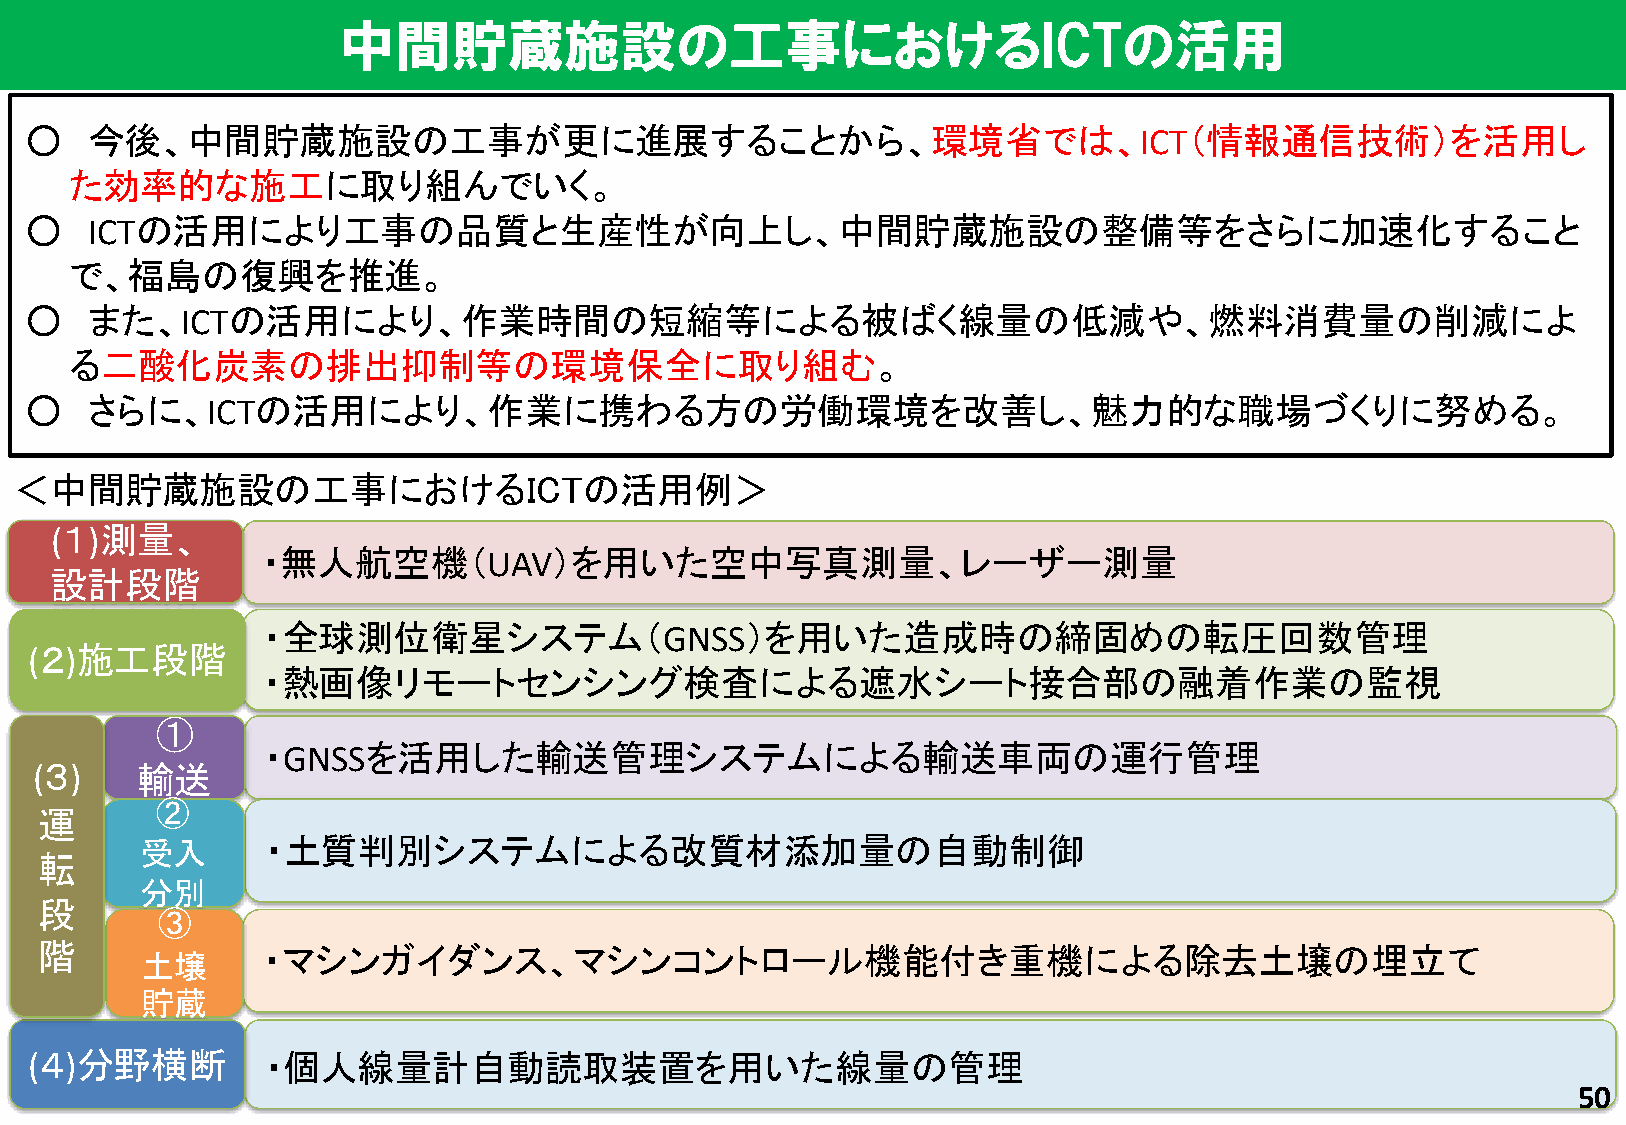
中間貯蔵施設の工事におけるICTの活用
 ○   今後、中間貯蔵施設の工事が更に進展することから、環境省では、ICT（情報通信技術）を活用し
 た効率的な施工に取り組んでいく。
 ○   ICTの活用により工事の品質と生産性が向上し、中間貯蔵施設の整備等をさらに加速化すること
 で、福島の復興を推進。
 ○   また、ICTの活用により、作業時間の短縮等による被ばく線量の低減や、燃料消費量の削減によ
 る二酸化炭素の排出抑制等の環境保全に取り組む。
 ○   さらに、ICTの活用により、作業に携わる方の労働環境を改善し、魅力的な職場づくりに努める。
 ＜中間貯蔵施設の工事におけるICTの活用例＞
 (１)測量、
 ・無人航空機（UAV）を用いた空中写真測量、レーザー測量
 設計段階
 ・全球測位衛星システム（GNSS）を用いた造成時の締固めの転圧回数管理
 (２)施工段階
 ・熱画像リモートセンシング検査による遮水シート接合部の融着作業の監視
 ①
 ・GNSSを活用した輸送管理システムによる輸送車両の運行管理
 (３)    輸送
 ②
 運
 受入       ・土質判別システムによる改質材添加量の自動制御
 転
 分別
 段
 ③
 階             ・マシンガイダンス、マシンコントロール機能付き重機による除去土壌の埋立て
 土壌
 貯蔵
 (４)分野横断         ・個人線量計自動読取装置を用いた線量の管理
 50